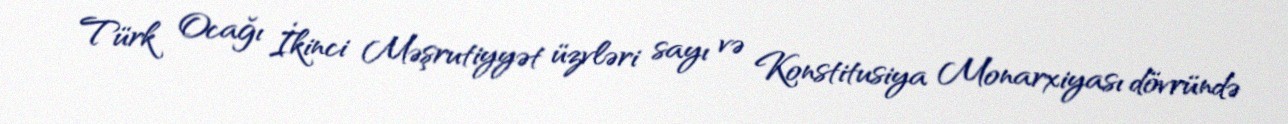
Türk Ocağı İkinci Məşrutiyyət üzvləri sayı və Konstitusiya Monarxiyası dövründə